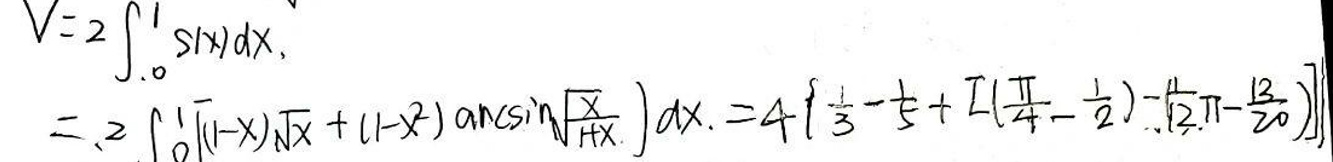
\[
V = 2\int_{0}^{1} s(x)dx.
\]
\[
= 2\int_{0}^{1} [(1 - x)\sqrt{x}+(1 - x^{2})\arcsin\sqrt{x}]dx = 4\left[\frac{1}{3}-\frac{1}{5}+(\frac{\pi}{4}-\frac{1}{2})-\frac{1}{2}\pi-\frac{\sqrt{2}}{20}\right]
\]